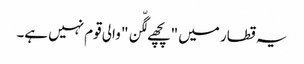
یہ قطار میں "پچھے لگّن" والی قوم نہیں ہے۔